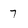
Character: 7